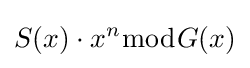
S(x)\cdot x^{n}{\bmod {G}}(x)